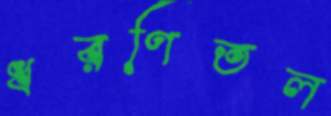
ধরণিতল